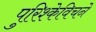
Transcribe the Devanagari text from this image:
पुरिश्केविचने